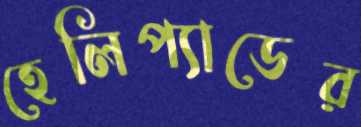
হেলিপ্যাডের